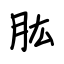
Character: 肱